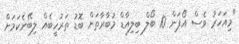
"މިއަހަރު ވެސް އޯޕަން 10 ބޯލް ބިލިއާޑް މުބާރާތަށް ބޮޑު ތަރުހީބެއް ލިބޭނެކަމަށް